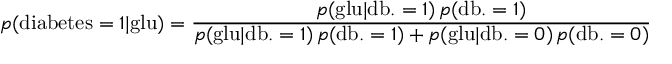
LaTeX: p ( { \mathrm { d i a b e t e s } } = 1 | { \mathrm { g l u } } ) = { \frac { p ( { \mathrm { g l u } } | { \mathrm { d b . } } = 1 ) \, p ( { \mathrm { d b . } } = 1 ) } { p ( { \mathrm { g l u } } | { \mathrm { d b . } } = 1 ) \, p ( { \mathrm { d b . } } = 1 ) + p ( { \mathrm { g l u } } | { \mathrm { d b . } } = 0 ) \, p ( { \mathrm { d b . } } = 0 ) } }